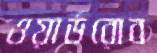
ওয়ার্ডরোব